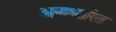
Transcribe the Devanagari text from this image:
अनाधारित